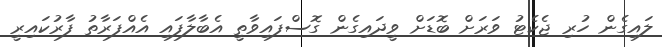
ލައިގެން ހުރި ޖެކެޓު ވަރަށް ބޮޑަށް ވީދައިގެން ގޮސްފައިވާތީ އެބާލާފައި އެއްފަރާތު ފާރުކައިރީ